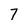
Character: 7